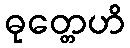
ဓုတ္တေဟိ